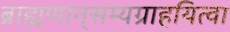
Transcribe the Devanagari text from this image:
ब्राह्मणान्‌सम्यग्राहयित्वा